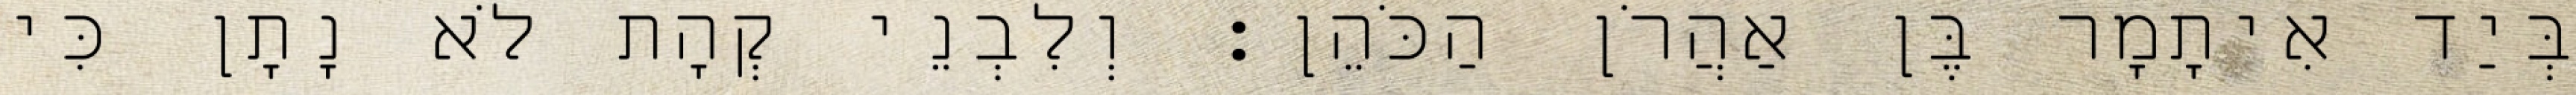
בְּיַד אִיתָמָר בֶּן אַהֲרֹן הַכֹּהֵן׃ וְלִבְנֵי קְהָת לֹא נָתָן כִּי